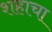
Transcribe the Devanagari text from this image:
शहाचा